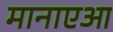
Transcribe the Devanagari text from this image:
मानाएआ